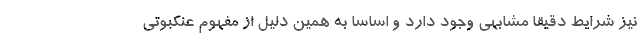
نیز شرایط دقیقا مشابهی وجود دارد و اساسا به همین دلیل از مفهوم عنکبوتی